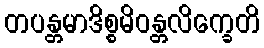
တပန္တမာဒိစ္စမိဝန္တလိက္ခေတိ